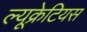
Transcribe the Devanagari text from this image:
ल्यूक्रेटियस